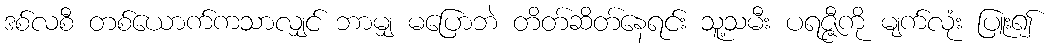
ဒစ်လစီ တစ်ယောက်ကသာလျှင် ဘာမျှ မပြောဘဲ တိတ်ဆိတ်နေရင်း သူ့သမီး ပရဇ္ဇီကို မျက်လုံး ပြူး၍